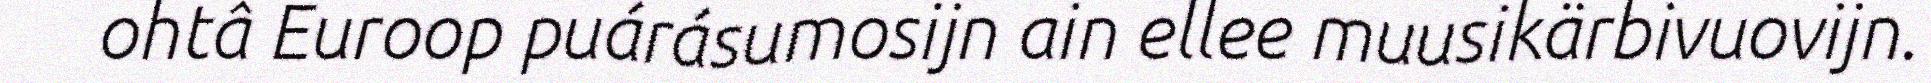
ohtâ Euroop puárásumosijn ain ellee muusikärbivuovijn.